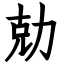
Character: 勀